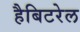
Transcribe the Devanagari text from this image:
हैबिटरेल